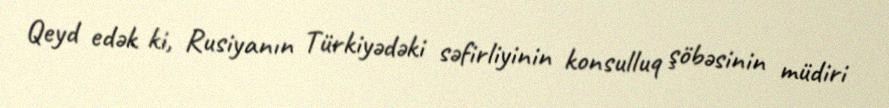
Qeyd edək ki, Rusiyanın Türkiyədəki səfirliyinin konsulluq şöbəsinin müdiri